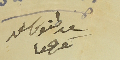
كاتب سعد طنوس سعد كفرعقا